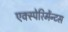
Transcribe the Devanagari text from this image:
एक्स्पेरिमेंन्टस